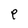
Character: e